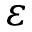
\varepsilon